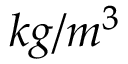
k g / m ^ { 3 }